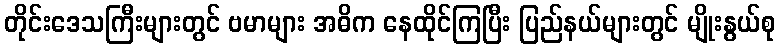
တိုင်းဒေသကြီးများတွင် ဗမာများ အဓိက နေထိုင်ကြပြီး ပြည်နယ်များတွင် မျိုးနွယ်စု